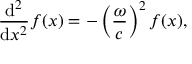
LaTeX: { \frac { \mathrm { d } ^ { 2 } } { \mathrm { d } x ^ { 2 } } } f ( x ) = - \left( { \frac { \omega } { c } } \right) ^ { 2 } f ( x ) ,